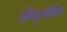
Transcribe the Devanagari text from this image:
औधुलोमि